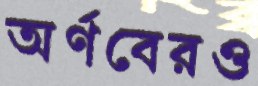
অর্ণবেরও